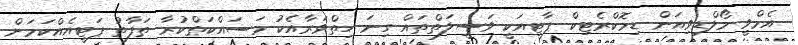
އެމްވީ މޯލްޑިވިއަން ޑިމޮކްރެޓިކް ޕާޓީއަކީ ވަސީލަތްތައް ގިނަ ހިތްވަރާއެކު މަސައްކަތްކުރާ ތަފާތު ޕަޓީއެއްކަމަށް